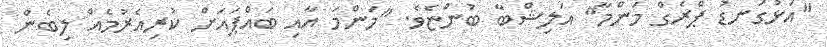
"އަޅުގަނޑު ޕްރެގް މަންމާ" އަލިޝްބާ ބުންޏެވެ. "މަންމަ އާއި ބައްޕައަށް ކުރިއެރުމެއް ލިބެން